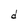
Character: d